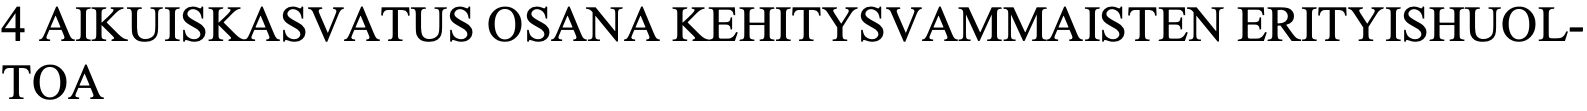
4 AIKUISKASVATUS OSANA KEHITYSVAMMAISTEN ERITYISHUOL- TOA